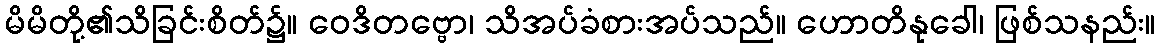
မိမိတို့၏သိခြင်းစိတ်၌။ ဝေဒိတဗ္ဗော၊ သိအပ်ခံစားအပ်သည်။ ဟောတိနုခေါ၊ ဖြစ်သနည်း။